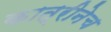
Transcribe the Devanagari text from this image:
कात्रीनेच